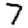
Digit: 7